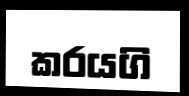
කරයගි